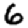
Digit: 6